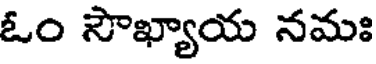
ఓం సౌఖ్యాయ నమః